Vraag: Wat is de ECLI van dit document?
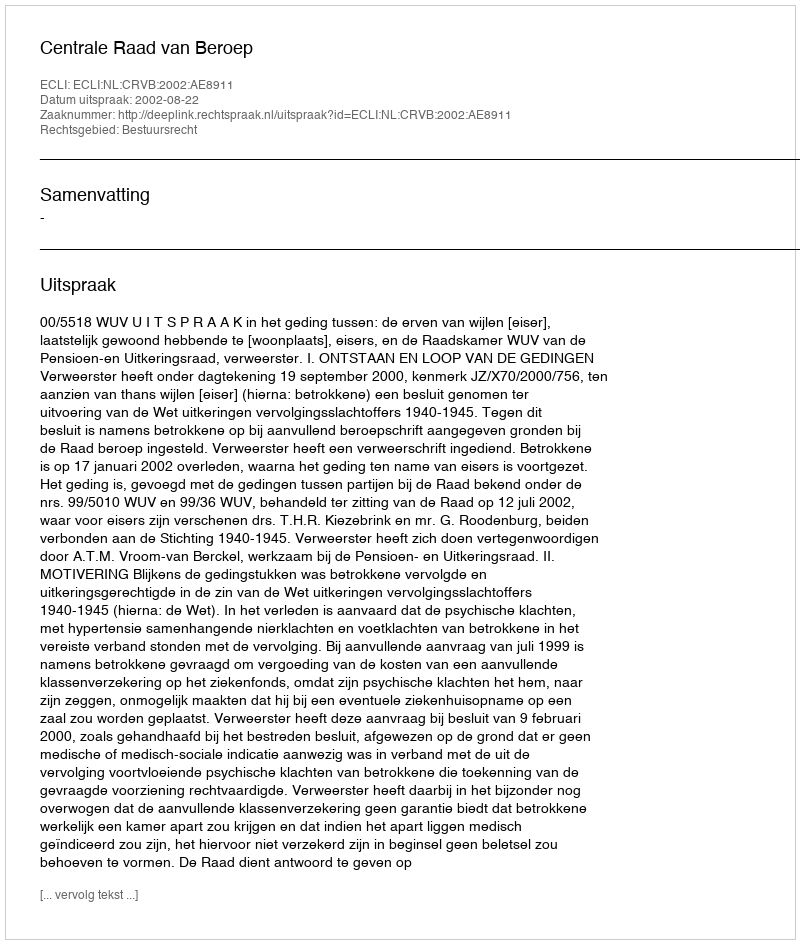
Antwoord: ECLI:NL:CRVB:2002:AE8911